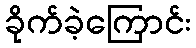
ခိုက်ခဲ့ကြောင်း